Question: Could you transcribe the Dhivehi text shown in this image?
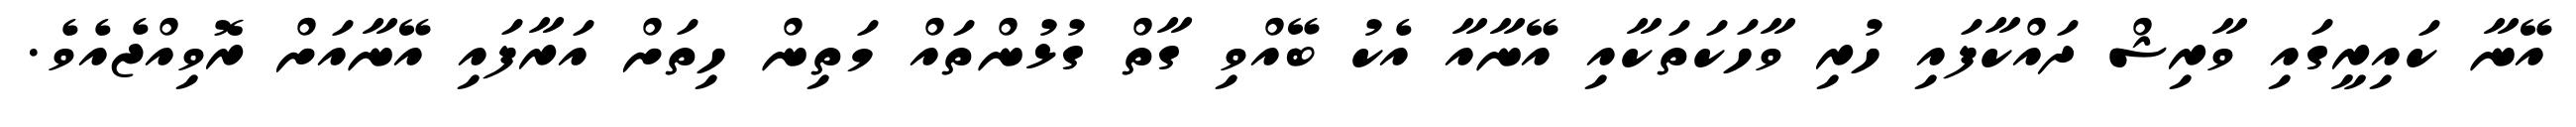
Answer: އޭނާ ކައިރީގައި ވާރިޝް ދައްކާފައި ހުރި ވާހަކަތަކާއި އޭނާއާ އެކު ބޭއްވި ގާތް ގުޅުންތައް މަތިން ހިތަށް އަރާފައި އޭނާއަށް ރޮވިއްޖެއެވެ.